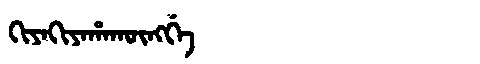
Manchu: ᡴᡳᠶᠠᡴᡳᠶᠠᡥᠠᡴᡡᠩᡤᡝ
Romanization: KIYAKIYAHAKŪNGGE